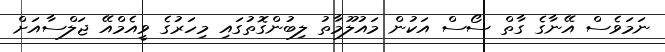
ނަމަވެސް އޭނާގެ ގާތް ސޯސް އަކުން މައުލޫމާތު ލިބުންގޮތުގައި މިހަރުގެ ވީއެމްއޭ ޖަލްސާއަށް